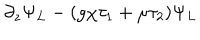
\partial _ { z } \Psi _ { L } - ( g \chi \tau _ { 1 } + \mu \tau _ { 2 } ) \Psi _ { L }